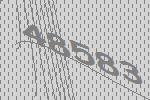
48583